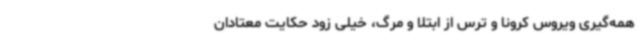
همه‌گیری ویروس کرونا و ترس از ابتلا و مرگ، خیلی زود حکایت معتادان